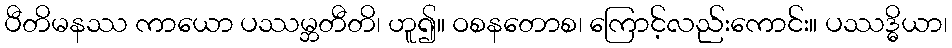
ပီတိမနဿ ကာယော ပဿမ္ဘတီတိ၊ ဟူ၍။ ဝစနတောစ၊ ကြောင့်လည်းကောင်း။ ပဿဒ္ဓိယာ၊